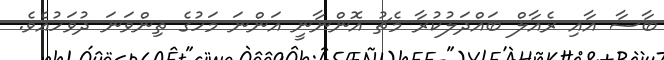
ބާސާ އާއި ރެއާލް ބައްދަލުކުރާ މެޗު އޮންނާނީ އަންނަ މަހުގެ ތިންވަނަ ދުވަހުއެވެ.